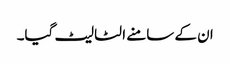
ان کے سامنے الٹا لیٹ گیا۔